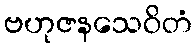
ဗဟုဇနသေဝိတံ